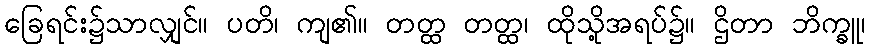
ခြေရင်း၌သာလျှင်။ ပတိ၊ ကျ၏။ တတ္ထ တတ္ထ၊ ထိုသို့အရပ်၌။ ဌိတာ ဘိက္ခူ၊